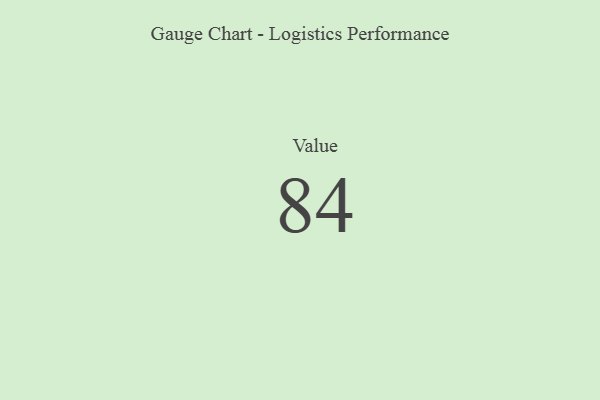
{"axis": {"x": "Metric", "y": "Value"}, "legend": [""], "data": [{"x": "Value", "y": 84, "type": ""}]}